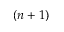
( n + 1 )